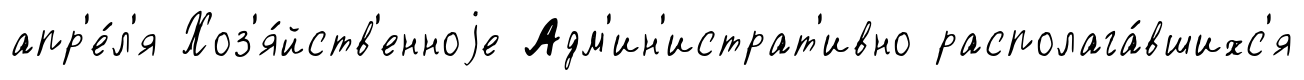
апр'е́л'я Хоз'я́йств'енноjе Адм'ин'истрат'ивно располага́вшихс'я